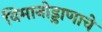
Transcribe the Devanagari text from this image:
विमानोड्डाणाचे